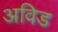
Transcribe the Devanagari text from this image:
अविड